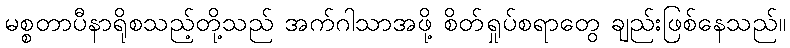
မစ္စတာပီနာရိုစသည့်တို့သည် အက်ဂါသာအဖို့ စိတ်ရှုပ်စရာတွေ ချည်းဖြစ်နေသည်။